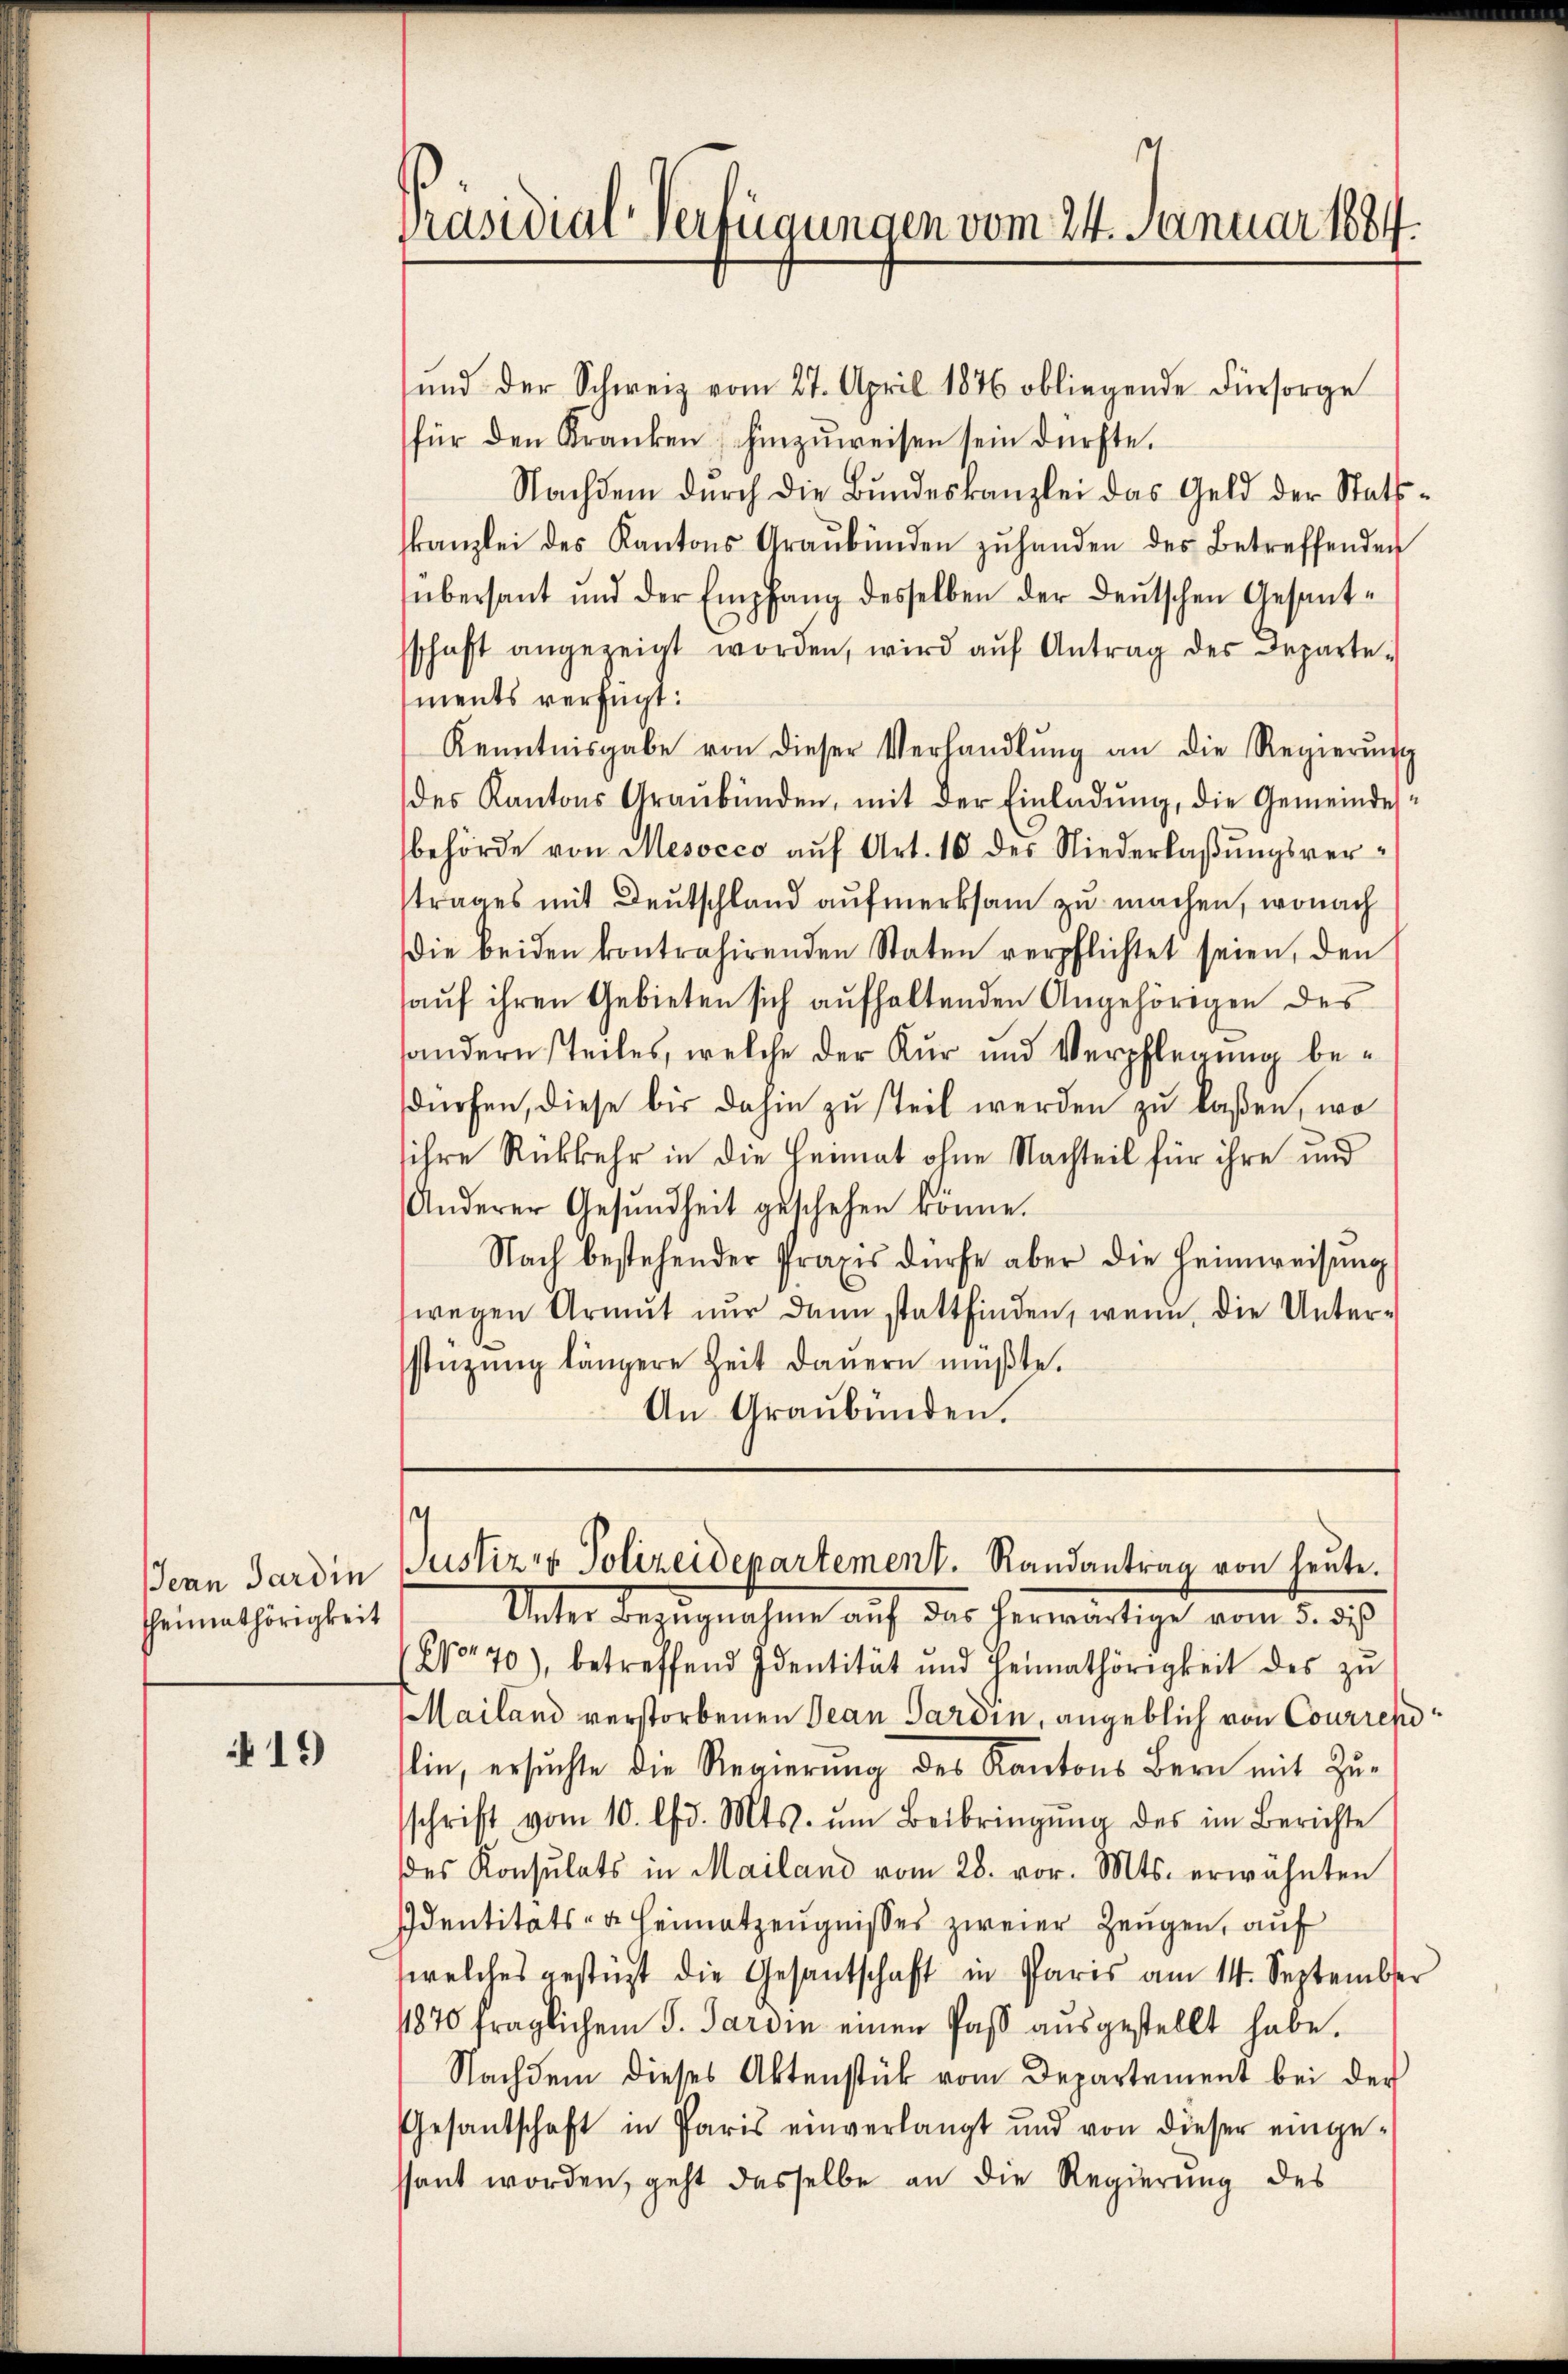
Jean Pardin
Theimathörigkeit

19

Präsidial-Verfügungen vom 24. Januar 1884.

ŭnd der Schweiz vom 27. April 1876 obliegende Fürsorge
für den Kranken (hinzŭweisen sein dürfte.
Nachdem dŭrch die Bŭndeskanzlei das Geld der Statt-
kanzlei des Kantons Graubünden zŭ handen des Betreffenden
übersant und der Empfang desselben der deŭtschen Gesant-
sschaft angezeigt worden, wird aŭf Antrag des Departe-
ments verfügt:
Kenntnisgabe von dieser Verhandlŭng an die Regierŭng
des Kantons Graubünden, mit der Einladung, die Gemeindesbehörde von Mesocco auf Art. 10 des Niederlaßungsvertrages mit Deutschland aufmerksam zu machen, wonach
die beiden kontrahirenden Staten verpflichtet seien, den
auf ihren Gebieten sich aufhaltenden Angehörigen des
andern steiles, welche der Kur und Verpflegung bedürfen, diese bis dahin zu steil werden zu laßen, wo
sihre Rückkehr in die Heimat ohne Nachteil für ihre und
Anderer Gesundheit geschehen könne.
Nach bestehender Praxis dürfe aber die Heimweisung
wegen Armut nur dann stattfinden, wenn die Unter-
stüzung längere Zeit daŭern müβte.
An Graubünden.

Unter Bezŭgnahme auf das herwärtige vom 5. di
No 70), betreffend Identität und Heimathörigkeit des zŭ
Mailand verstorbenen Jean Pardin, angeblich von Couriepo
in, ersuchte die Regierung des Kantons Bern mit Zu-
schrift vom 10. lfd. Mts. ŭm Beibringŭng des im Berichte
des Konsulats in Mailand vom 28. vor. Mts. erwähnten
Identitäts- & Heimatzeugnisses zweier Zeugen, auf
welches gestüzt die Gesantschaft in Paris am 14. September
11870 fraglichen S. Sardin einen Paβ aŭsgestellt habe.
Nachdem dieses Aktenstück vom Departement bei der
Gesandschaft in Paris einverlangt und von dieser einge-
ssant worden, geht dasselbe an die Regierung des

Justiz & Polizeidepartement. Randantrag von heute.